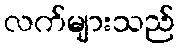
လက်များသည်